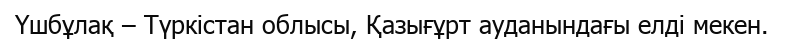
Үшбұлақ – Түркістан облысы, Қазығұрт ауданындағы елді мекен.